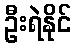
ဦးရဲနိုင်